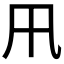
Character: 𭂩